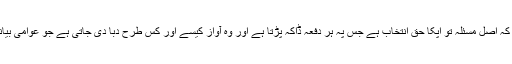
مگر اس سے پہلے آپکو یہ نکتہ تو سمجھنا ہی ہوگا کہ اصل مسئلہ تو اپکا حق انتخاب ہے جس پہ ہر دفعہ ڈاکہ پڑتا ہے اور وہ آواز کیسے اور کس طرح دبا دی جاتی ہے جو عوامی بیانیہ لیکر اٹھتی ہے آپکو خبر بہت بعد میں ہوتی ہے ۔